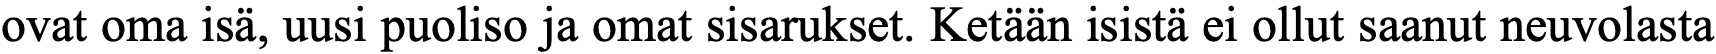
ovat oma isä, uusi puoliso ja omat sisarukset. Ketään isistä ei ollut saanut neuvolasta